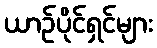
ယာဉ်ပိုင်ရှင်များ